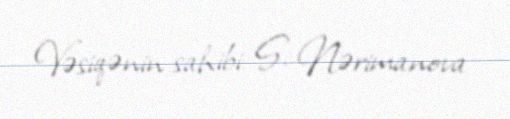
Vəsiqənin sahibi: S. Nərimanova